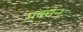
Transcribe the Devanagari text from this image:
प्रबंधनः